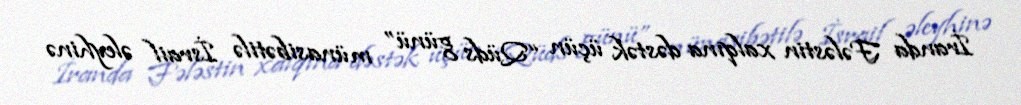
İranda Fələstin xalqına dəstək üçün “Qüds günü” münasibətilə İsrail əleyhinə